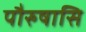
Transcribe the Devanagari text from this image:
पौरुषासि